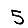
Digit: 5